Report on vaccination for the Province of Oudh 1872 -
Year: 1872
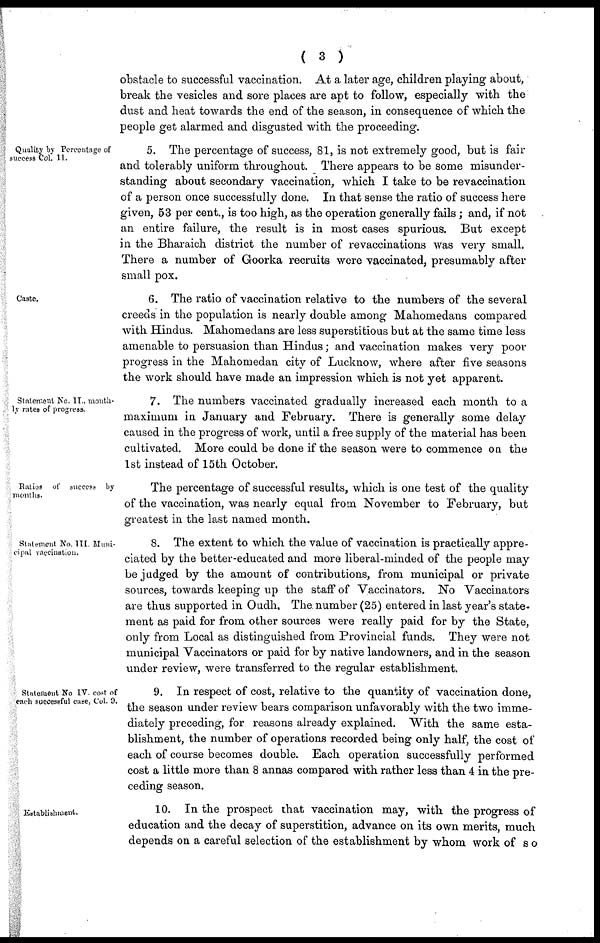
( 3 )
obstacle to successful vaccination. At a later age, children playing about,
break the vesicles and sore places are apt to follow, especially with the
dust and heat towards the end of the season, in consequence of which the
people get alarmed and disgusted with the proceeding.
Quality by Percentage of
success Col. 11.
5. The percentage of success, 81, is not extremely good, but is fair
and tolerably uniform throughout. There appears to be some misunder-
standing about secondary vaccination, which I take to be revaccination
of a person once successfully done. In that sense the ratio of success here
given, 53 per cent., is too high, as the operation generally fails ; and, if not
an entire failure, the result is in most cases spurious. But except
in the Bharaich district the number of revaccinations was very small.
There a number of Goorka recruits were vaccinated, presumably after
small pox.
Caste.
6. The ratio of vaccination relative to the numbers of the several
creeds in the population is nearly double among Mahomedans compared
with Hindus. Mahomedans are less superstitious but at the same time less
amenable to persuasion than Hindus; and vaccination makes very poor
progress in the Mahomedan city of Lucknow, where after five seasons
the work should have made an impression which is not yet apparent.
Statement No.II., month-
-y rates of progress.
7. The numbers vaccinated gradually increased each month to a
maximum in January and February. There is generally some delay
caused in the progress of work, until a free supply of the material has been
cultivated. More could be done if the season were to commence on the
1st instead of 15th October.
Ratios of success by
months.
The percentage of successful results, which is one test of the quality
of the vaccination, was nearly equal from November to February, but
greatest in the last named month.
Statement No. III. Muni-
cipal vaccination.
8. The extent to which the value of vaccination is practically appre-
ciated by the better-educated and more liberal-minded of the people may
be judged by the amount of contributions, from municipal or private
sources, towards keeping up the staff of Vaccinators. No Vaccinators
are thus supported in Oudh. The. number (25) entered in last year's state-
ment as paid for from other sources were really paid for by the State,
only from Local as distinguished from Provincial funds. They were not
municipal Vaccinators or paid for by native landowners, and in the season
under review, were transferred to the regular establishment.
Statement No IV. cost of
each successful case, Col. 9.
9. In respect of cost, relative to the quantity of vaccination done,
the season under review bears comparison unfavorably with the two imme-
diately preceding, for reasons already explained. With the same esta-
blishment, the number of operations recorded being only half, the cost of
each of course becomes double. Each operation successfully performed
cost a little more than 8 annas compared with rather less than 4 in the pre-
ceding season.
Establishment.
10. In the prospect that vaccination may, with the progress of
education and the decay of superstition, advance on its own merits, much
depends on a careful selection of the establishment by whom work of so